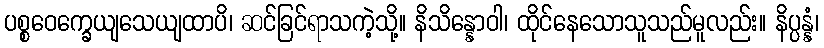
ပစ္စဝေက္ခေယျသေယျထာပိ၊ ဆင်ခြင်ရာသကဲ့သို့။ နိသိန္နောဝါ၊ ထိုင်နေသောသူသည်မူလည်း။ နိပ္ပန္နံ၊